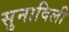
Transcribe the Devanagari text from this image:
सुनाविली